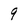
Character: 9